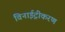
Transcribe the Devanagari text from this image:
विनाईट्रीकरण